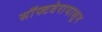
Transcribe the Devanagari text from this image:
सॉफ्टवेरापासून